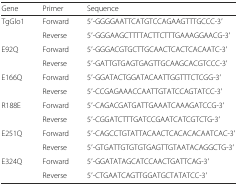
<table><thead><tr><td><b>Gene</b></td><td><b>Primer</b></td><td><b>Sequence</b></td></tr></thead><tbody><tr><td>TgGlo1</td><td>Forward</td><td>5′-GGGGAATTCATGTCCAGAAGTTTGCCC-3′</td></tr><tr><td></td><td>Reverse</td><td>5′-GGGAAGCTTTTACTTCTTTGAAAGGAACG-3′</td></tr><tr><td>E92Q</td><td>Forward</td><td>5′-GGGACGTGCTTGCAACTCACTCACAATC-3′</td></tr><tr><td></td><td>Reverse</td><td>5′-GATTGTGAGTGAGTTGCAAGCACGTCCC-3′</td></tr><tr><td>E166Q</td><td>Forward</td><td>5′-GGATACTGGATACAATTGGTTTCTCGG-3′</td></tr><tr><td></td><td>Reverse</td><td>5′-CCGAGAAACCAATTGTATCCAGTATCC-3′</td></tr><tr><td>R188E</td><td>Forward</td><td>5′-CAGACGATGATTGAAATCAAAGATCCG-3′</td></tr><tr><td></td><td>Reverse</td><td>5′-CGGATCTTTGATCCGAATCATCGTCTG-3′</td></tr><tr><td>E251Q</td><td>Forward</td><td>5′-CAGCCTGTATTACAACTCACACACAATCAC-3′</td></tr><tr><td></td><td>Reverse</td><td>5′-GTGATTGTGTGTGAGTTGTAATACAGGCTG-3′</td></tr><tr><td>E324Q</td><td>Forward</td><td>5′-GGATATAGCATCCAACTGATTCAG-3′</td></tr><tr><td></td><td>Reverse</td><td>5′-CTGAATCAGTTGGATGCTATATCC-3′</td></tr></tbody></table>